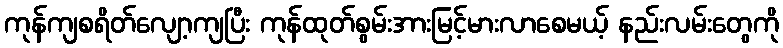
ကုန်ကျစရိတ်လျော့ကျပြီး ကုန်ထုတ်စွမ်းအားမြင့်မားလာစေမယ့် နည်းလမ်းတွေကို